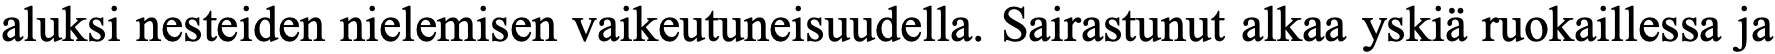
aluksi nesteiden nielemisen vaikeutuneisuudella. Sairastunut alkaa yskiä ruokaillessa ja